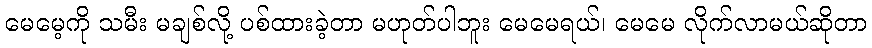
မေမေ့ကို သမီး မချစ်လို့ ပစ်ထားခဲ့တာ မဟုတ်ပါဘူး မေမေရယ်၊ မေမေ လိုက်လာမယ်ဆိုတာ